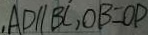
, A D / / B C , O B = O P